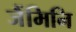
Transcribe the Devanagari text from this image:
जैंमिनि